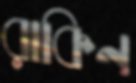
রাকিন